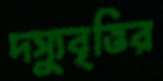
দস্যুবৃত্তির